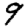
Digit: 9